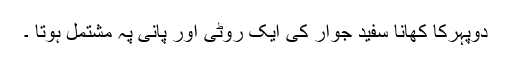
دوپہرکا کھانا سفید جوار کی ایک روٹی اور پانی پہ مشتمل ہوتا ۔